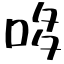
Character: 哆